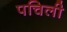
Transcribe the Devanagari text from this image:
पचिली